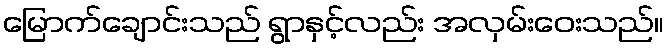
မြောက်ချောင်းသည် ရွာနှင့်လည်း အလှမ်းဝေးသည်။